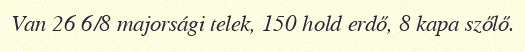
Van 26 6/8 majorsági telek, 150 hold erdő, 8 kapa szőlő.